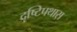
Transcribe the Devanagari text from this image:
दृष्टिपथास